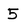
Character: 5